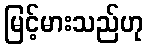
မြင့်မားသည်ဟု